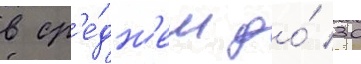
в ср'е́дн'ем до́ 30